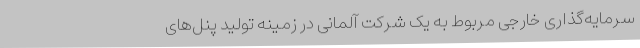
سرمایه‌گذاری خارجی مربوط به یک شرکت آلمانی در زمینه تولید پنل‌های